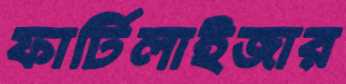
ফার্টিলাইজার